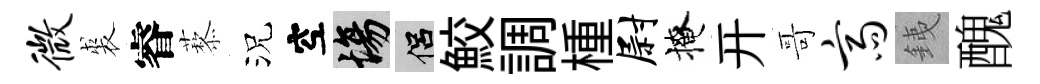
微裘睿藜況空場侣鮫調㮔尉掩开哥斋銕醜